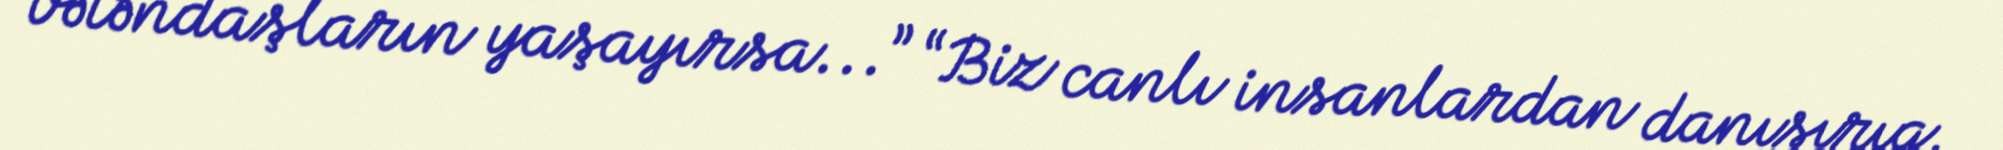
vətəndaşların yaşayırsa...” “Biz canlı insanlardan danışırıq.